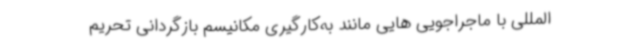
المللی با ماجراجویی هایی مانند به‌کارگیری مکانیسم بازگردانی تحریم